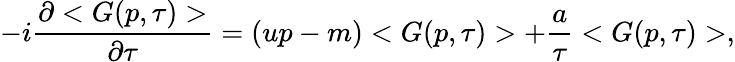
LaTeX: -i\frac{\partial<G(p,\tau)>}{\partial\tau}=(up-m)<G(p,\tau)>+\frac{a}{\tau}<G(p,\tau)>,